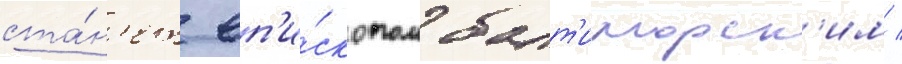
ста́н'ет еп'и́скопом балт'иморск'им /